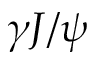
\gamma J / \psi